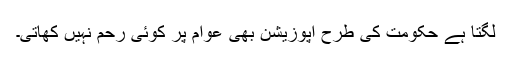
لگتا ہے حکومت کی طرح اپوزیشن بھی عوام پر کوئی رحم نہیں کھاتی۔